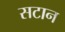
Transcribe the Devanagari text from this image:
सटान